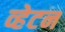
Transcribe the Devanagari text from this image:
व्हेटन